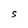
Character: S